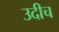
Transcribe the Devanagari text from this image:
उदीच